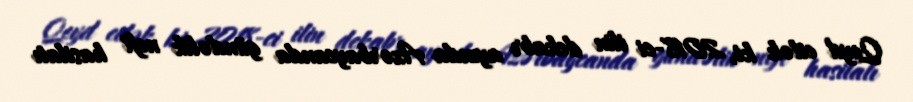
Qeyd edək ki, 2018-ci ilin dekabr ayında Azərbaycanda gündəlik neft hasilatı